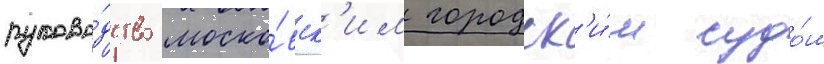
руково́дство моско́вск'им городск'и́м судо́м